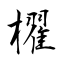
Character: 櫂